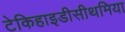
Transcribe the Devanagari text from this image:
टेकिहाइडीसीथमिया